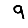
Digit: 9